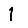
Digit: 1